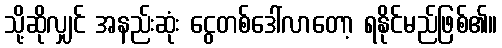
သို့ဆိုလျှင် အနည်းဆုံး ငွေတစ်ဒေါ်လာတော့ ရနိုင်မည်ဖြစ်၏။